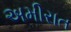
અમીરાત